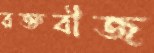
রক্তবীজ